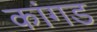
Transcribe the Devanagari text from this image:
कांगड